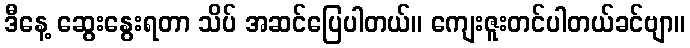
ဒီနေ့ ဆွေးနွေးရတာ သိပ် အဆင်ပြေပါတယ်။ ကျေးဇူးတင်ပါတယ်ခင်ဗျာ။